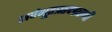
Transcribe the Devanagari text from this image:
सर्वभूतऋदग्रहणी